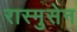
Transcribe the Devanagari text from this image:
रास्मुसेन